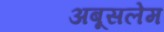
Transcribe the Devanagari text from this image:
अबूसलेम